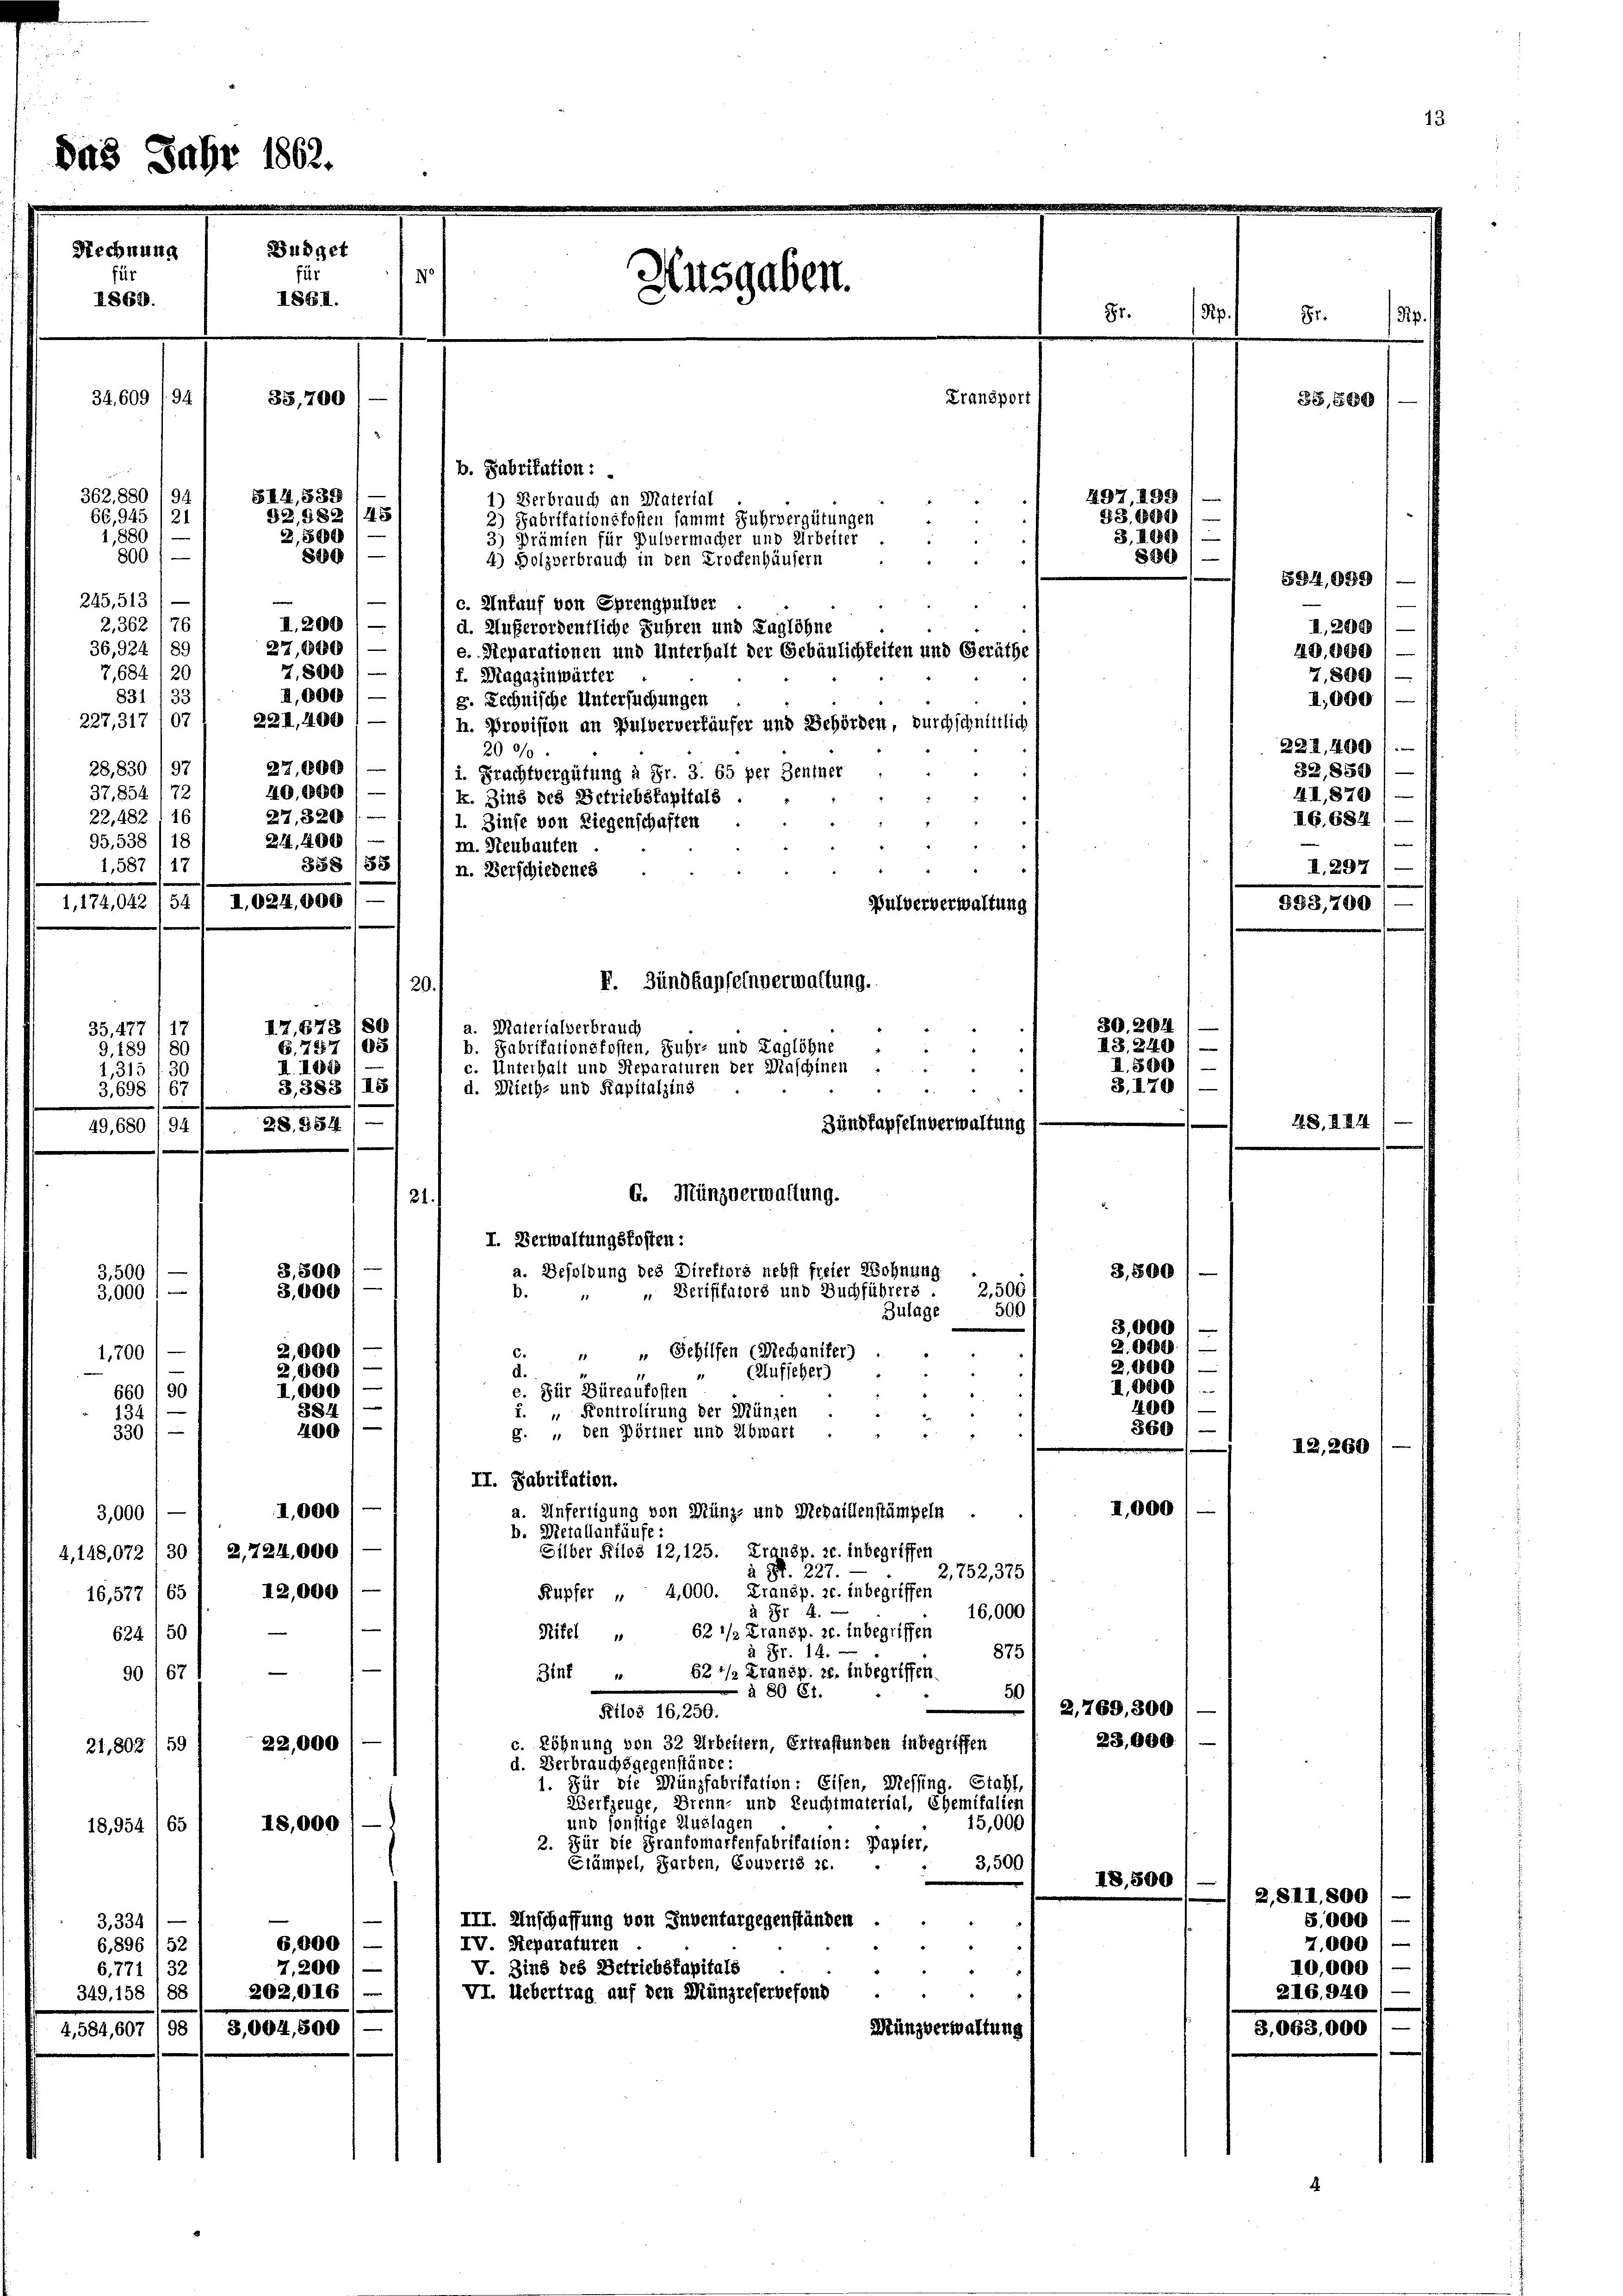
Das

Rechnung
1869.

362. 8801 94
66,945/21
1,880
800
245,513 1 —
2,362 (76
89
36,924
7,684 120
33
831
227,317 107
28, 830 / 97
37,854 (72
16
22,482
95,538 / 18
1,587 (17

34,609 f. 94

I. 174,042

33, 477 (17
9.189 18.
1,315/
3,698 (67

11

3,500

3,000 (

3,000
16,577/ 651 12,000
624 (50
9067

Jahr 1862.

Budget
II864.

514, 539

Transport
b. Fabrikation:
1) Verbrauch an Vaterial
92, 982 (45)
2) Fabritationskosten sammt Fuhrvergütungen
3,500
3) Prämien für Pulvermacher und Arbeiter
81801
4) Holzverbrauch in den Prochenhäusern
e
c. Ankauf von Sprengpulver
II.2001
d. Außerordentliche Fuhren und Taglöhne
27,000
e. Reparationen und Unterhalt der Gebäulichkeiten und Geräthe

7,800
f. Magazinwärter
—
I,000
g. Rechnische Untersuchungen
22I, 1100
h. Provision an Pulververläufer und Behörden, durchschnittlich
200/
27,600
i. Frachtvergütung à Fr. 3. 65 per Schiner
40,000
k. Zins des Betriebskapitals
27,820
1. Zinse von Liegenschaften
214, 1400
m. Neubauten
388 (88
n. Verschiedenes
I.024,000) —
Pulververwaltung
F. Zündhapfeinverwaltung.
20.
30. 204
a. Materialverbrauch
I7,678 (80
HB.2401
6. 757 /05
b. Fabritationsfosten, Fuhr- und Taglöhne
II.500
c. Unterhalt und Steparaturen der Maschinen
II. I
3,170
3,383/ 18
d. Mieth- und Kapitalzins
28. 854
Zundkapfeln verwaltung
G. Münzverwaltung.
21.

33,700

50/94
3,500
3,000
2,000

Ausgaben.

I. Verwaltungskosten:
a. Besoldung des Direktors nehst freier Wohnung
b.
 " Verififators und Buchführers . 2,500
500
Zulage
" " Gehilfen (Rechaniker)
d.
(Aufscher)
e. Für Büreaufosten
“
1. " Kontrolirung der Münzen
8. “ den Dörtner und Abwart

1,700
2,000
I,000
660/90
3841
134
400/
330 (
II. Fabrikation.
I,000)
a. Anfertigung von Münz- und Medaillenstämpeln
b. Metallantäufe:
Silber Kilos 12, 125. Franzp. c. inbegriffen
4,148,072 (30 / 2,724,000
2 S. 227.
2,752,375)
Rupfer „ 4,000. Fransp. c. inbegriffen
16,000 f
à Fr. 4.
Ritel " 62 1/2 Transp. 20. Inbegriffen
à Fr. 14.
875
Zinf " 62 1/2 Kransp. 20. inbegriffen.
à 80 Ct.
50
Ptlos 16,250.
Löhnung von 32 Arbeitern, Ertrafungen inbegriffen
22,000
21,802 (59
d. Verbrauchsgegenstände:
1. Für die Münzfabritation: Eisen, Meffing. Stahl
Werkzeuge, Brenn- und Leuchtmaterial, Ehemifaller
und sonstige Auslagen
18,000 :
15,000
65
954
2. Für die Fraufomarfenfabrikation: Papier,
3,500
Grämpel, Farben, Couverts z.
III. Anschaffung von Inventargegenständen
3,334
6,000)
IV. Separaturen
6,896 / 52
7.200
32
V. Zins des Betriebskapitals
6. 771
VI. Uebertrag auf den Münzreservefond
202,016
88
349, 158
4,584,607/98 / 3,004,500
Münzverwaltung

497, 192
33, 6000
3,200 / —
886

Pr
81.

3,500
3,000)
2.000
2,000
I.000
5
400
360) —

II,000

2,769, 300
23,000

18,500

594,099
II,2081—
40,000
I,000
222,4001.
32,850
2I, 870
AG. 684
e
n
I. 297
.

953,70

2,811. 800
5,000
7,000
10,000
216. 940

3.0

81.

35,500

7,800

4.S. II.

I2,260